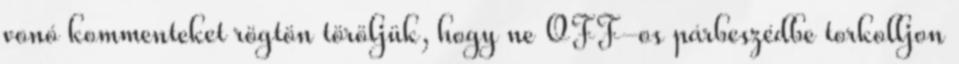
vonó kommenteket rögtön töröljük, hogy ne OFF-os párbeszédbe torkolljon